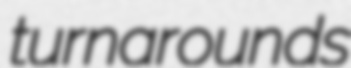
turnarounds